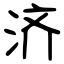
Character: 济